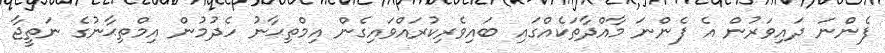
ފެންނަ ދައިވަރުން އެ ފެންނަ މާއްދާތަކެއްގައި ބައިވެރިކުރައްވައިގެން އިމްތިޙާނު ހެދުމުން އިމްތިޙާނުގެ ނަތީޖާ